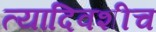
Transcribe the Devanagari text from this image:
त्यादिवशीच